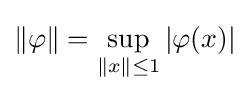
\|\varphi \|=\sup _{\|x\|\leq 1}|\varphi (x)|